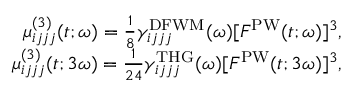
\begin{array} { r } { \mu _ { i j j j } ^ { ( 3 ) } ( t ; \omega ) = \frac { 1 } { 8 } \gamma _ { i j j j } ^ { \mathrm { D F W M } } ( \omega ) [ F ^ { \mathrm { P W } } ( t ; \omega ) ] ^ { 3 } , } \\ { \mu _ { i j j j } ^ { ( 3 ) } ( t ; 3 \omega ) = \frac { 1 } { 2 4 } \gamma _ { i j j j } ^ { \mathrm { T H G } } ( \omega ) [ F ^ { \mathrm { P W } } ( t ; 3 \omega ) ] ^ { 3 } , } \end{array}